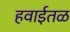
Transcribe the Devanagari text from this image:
हवाईतळ